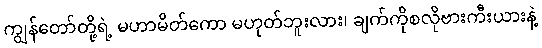
ကျွန်တော်တို့ရဲ့ မဟာမိတ်ကော မဟုတ်ဘူးလား၊ ချက်ကိုစလိုဗားကီးယားနဲ့